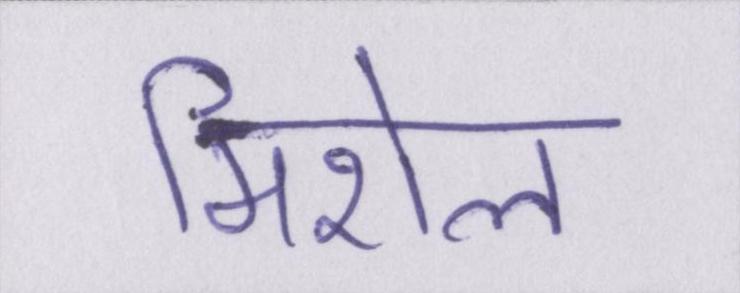
मिशेल